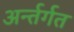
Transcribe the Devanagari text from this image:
अर्न्तर्गत